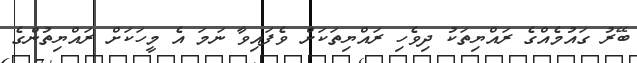
ބޭރު ގައުމެއްގެ ރައްޔިތަކު ދިވެހި ރައްޔިތަކަށް ވެފައިވާ ނަމަ އެ މީހަކަށް ރައްޔިތުންގެ